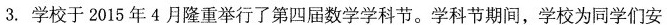
3.学校于2015年4月隆重举行了第四届数学学科节。学科节期间，学校为同学们安